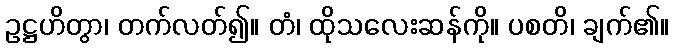
ဥဋ္ဌဟိတွာ၊ တက်လတ်၍။ တံ၊ ထိုသလေးဆန်ကို။ ပစတိ၊ ချက်၏။